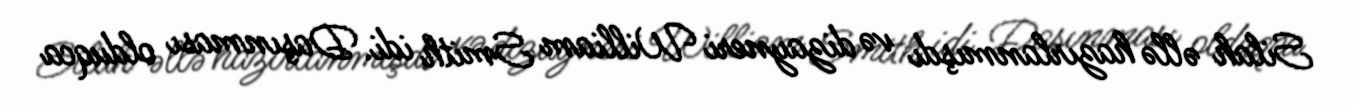
Silah əllə hazırlanmışdı və dizayneri William Smith idi. Daşınması olduqca